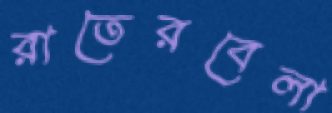
রাতেরবেলা